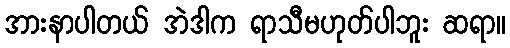
အားနာပါတယ် အဲဒါက ရာသီမဟုတ်ပါဘူး ဆရာ။